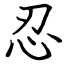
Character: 忍